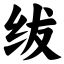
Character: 绂